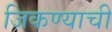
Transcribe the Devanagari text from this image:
जिकण्याची